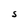
Character: S